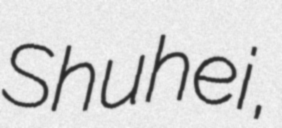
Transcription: Shuhei,